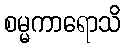
စမ္မကာရောသိ